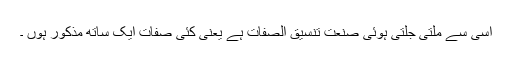
اسی سے ملتی جلتی ہوئی صنعت تنسیق الصفات ہے یعنی کئی صفات ایک ساتھ مذکور ہوں ۔